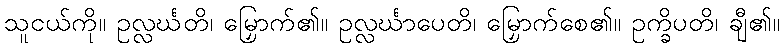
သူငယ်ကို။ ဥလ္လင်္ဃတိ၊ မြှောက်၏။ ဥလ္လင်္ဃာပေတိ၊ မြှောက်စေ၏။ ဥက္ခိပတိ၊ ချီ၏။